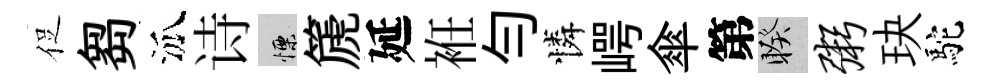
促芻泒诗慄篪延袵勻憐崿傘第睽粥玦駝